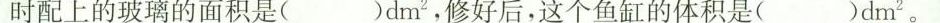
时配上的玻璃的面积是( )dm^{2}，修好后，这个鱼缸的体积是( )dm^{2}。